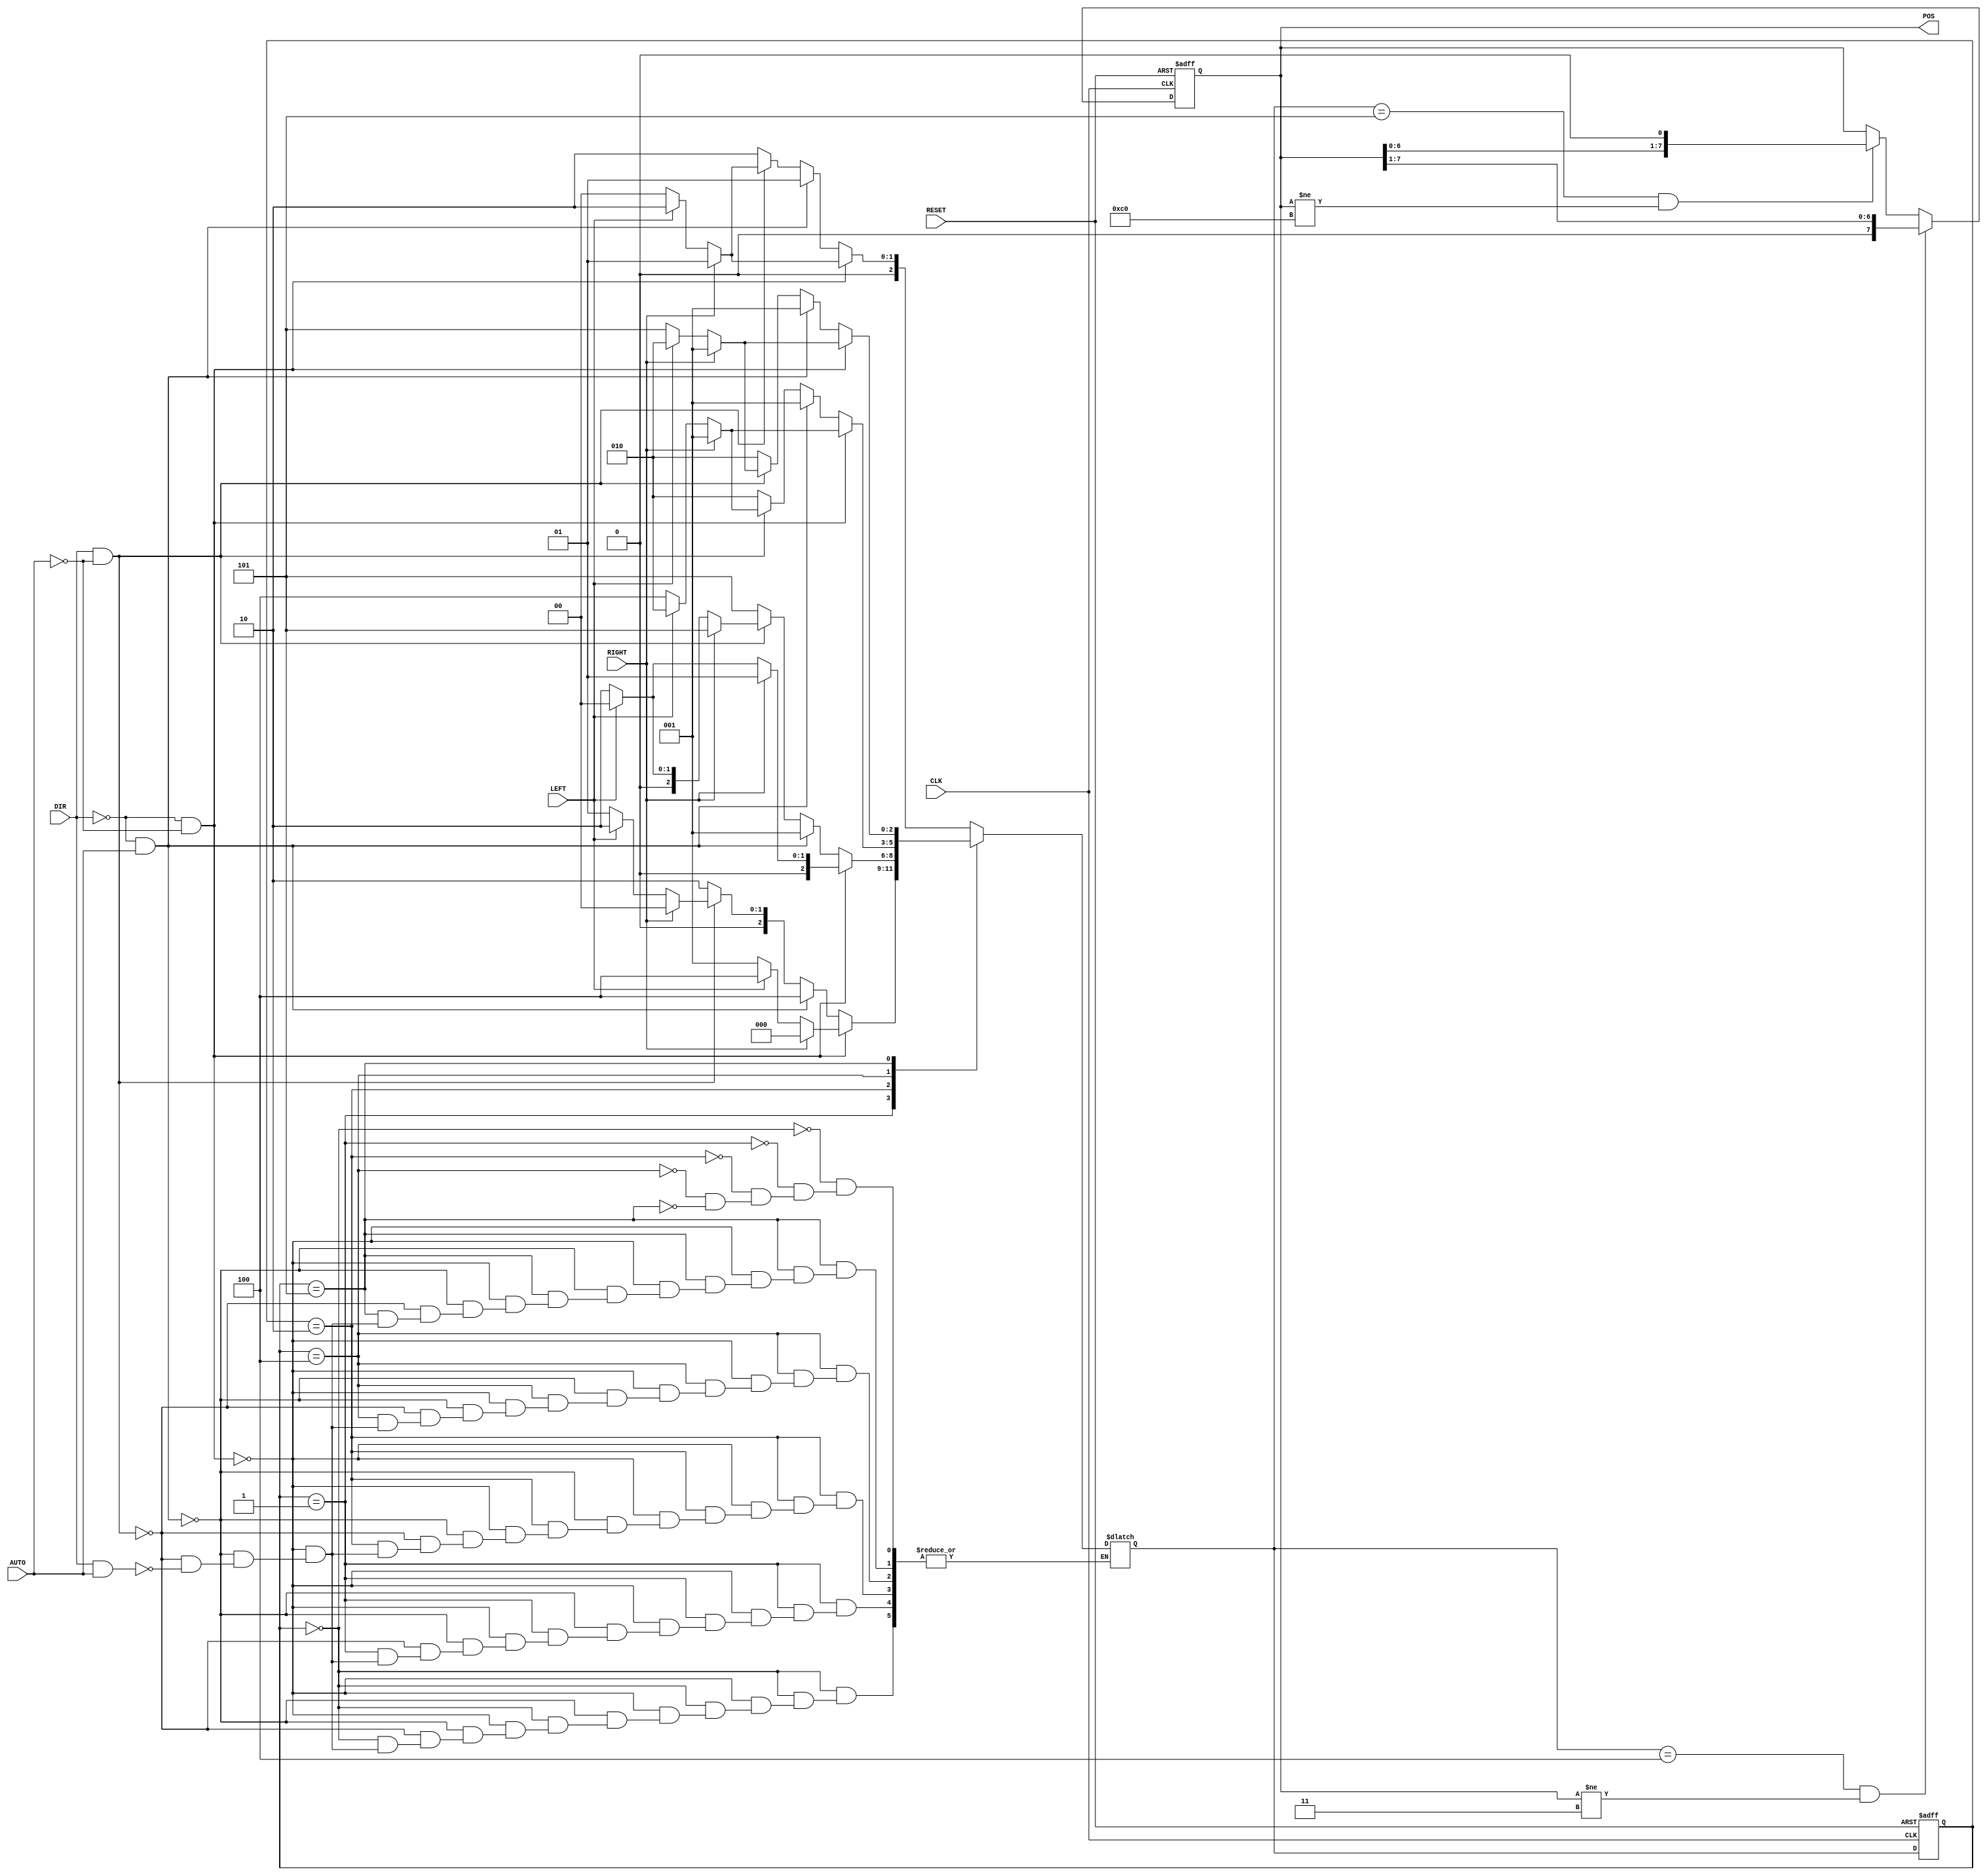
`timescale 1ns / 1ps
//////////////////////////////////////////////////////////////////////////////////
// Company: 
// Engineer: 
// 
// Design Name: 
// Module Name: Railway_cart_FSM
// Project Name: 
// Target Devices: 
// Tool Versions: 
// Description: 
// 
// Dependencies: 
// 
// Revision:
// Revision 0.01 - File Created
// Additional Comments:
// 
//////////////////////////////////////////////////////////////////////////////////


module Railway_cart_FSM(RIGHT,LEFT,DIR,AUTO,CLK,RESET,POS);

input RIGHT,LEFT,DIR,AUTO,CLK,RESET;
output reg [7:0]POS;


parameter SSTART = 3'b000, SRIGHT = 3'b001, SLEFT = 3'b010, SMOV_RIGHT = 3'b100, SMOV_LEFT = 3'b101; 
reg [2:0] present_state,next_state;


always @ (posedge CLK,posedge RESET)    // State register and output
begin
    if(RESET == 1) 
        begin
        present_state = SSTART;
        POS = 8'b1100_0000;
        end
    else begin
            present_state = next_state;
            if(next_state == SMOV_RIGHT && POS != 8'b0000_0011) POS = POS >> 1;
            else if (next_state == SMOV_LEFT && POS != 8'b1100_0000) POS = POS << 1;
            else POS = POS;
    end
end    

always @ (present_state,RIGHT,LEFT,DIR) // Input logic
begin
    case(present_state)
    SSTART: if (DIR == 0 && AUTO == 0)                                          // starting state
            next_state = (RIGHT == 1)? SRIGHT : (LEFT == 1)? SLEFT : SSTART;
            else if (DIR == 0 && AUTO == 1)                                     
            next_state = SRIGHT;
            else if (DIR == 1 && AUTO == 0)                                    
            next_state = (RIGHT == 1)? SRIGHT : (LEFT == 1)? SLEFT : SSTART;
            else if (DIR == 1 && AUTO == 1)                                     
            next_state = SLEFT;
    SRIGHT: if (DIR == 0 && AUTO == 0)                                              // right pressed
            next_state = (RIGHT == 1)? SSTART : (LEFT == 1)? SMOV_RIGHT : SRIGHT;   // Multiple RIGHT inputs will reset to the original state
            else if (DIR == 0 && AUTO == 1)                                         
            next_state =  SMOV_RIGHT;
            else if (DIR == 1 && AUTO == 0)                                       
            next_state = (RIGHT == 1)? SSTART : (LEFT == 1)? SLEFT : SRIGHT;
            else if (DIR == 1 && AUTO == 1)                                      
            next_state = SLEFT;
    SLEFT: if (DIR == 0 && AUTO == 0)                                           // left pressed
            next_state = (RIGHT == 1)? SRIGHT : (LEFT == 1)? SSTART : SLEFT;
            else if (DIR == 0 && AUTO == 1)                                    
            next_state = SRIGHT;
            else if (DIR == 1 && AUTO == 0)
            next_state = (RIGHT == 1)? SMOV_LEFT : (LEFT == 1)? SSTART : SLEFT; // Multiple LEFT inputs will reset to the original state
            else if (DIR == 1 && AUTO == 1)
            next_state = SMOV_LEFT;
    SMOV_RIGHT: 
            if (DIR == 0 && AUTO == 0)                                           // right & left pressed OR auto move right
            next_state = (RIGHT == 1)? SRIGHT : (LEFT == 1)? SLEFT : SMOV_RIGHT;
            else if (DIR == 0 && AUTO == 1)
            next_state = SRIGHT;
            else if (DIR == 1 && AUTO == 0)
            next_state = (RIGHT == 1)? SRIGHT : (LEFT == 1)? SLEFT : SMOV_RIGHT;
            else if (DIR == 1 && AUTO == 1)
            next_state = SLEFT;
    SMOV_LEFT: if (DIR == 0 && AUTO == 0)                                       // left and right pressed OR auto move left
            next_state = (RIGHT == 1)? SRIGHT : (LEFT == 1)? SLEFT : SMOV_LEFT;
            else if (DIR == 0 && AUTO == 1)
            next_state = SRIGHT;
            else if (DIR == 1 && AUTO == 0)
            next_state = (RIGHT == 1)? SRIGHT : (LEFT == 1)? SLEFT : SMOV_LEFT;
            else if (DIR == 1 && AUTO == 1)
            next_state = SLEFT;
    endcase
end

endmodule